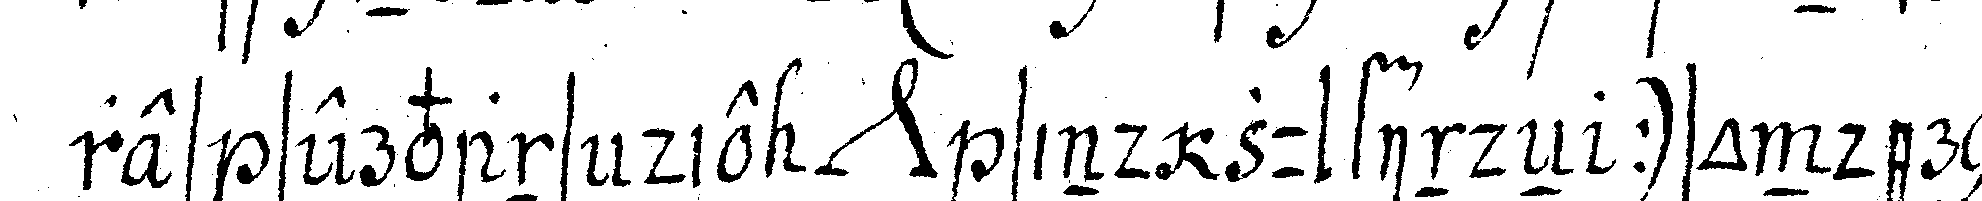
res servans die *nee* sind zu findeN ) sondern